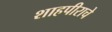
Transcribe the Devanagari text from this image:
शाहपीराचे